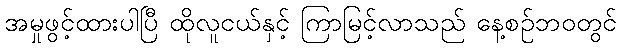
အမှုဖွင့်ထားပါပြီ ထိုလူငယ်နှင့် ကြာမြင့်လာသည် နေ့စဉ်ဘ၀တွင်